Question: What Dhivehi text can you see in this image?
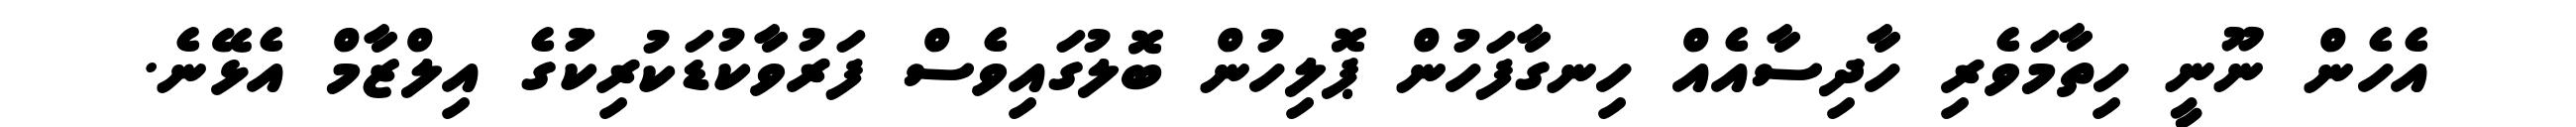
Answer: އެހެން ނޫނީ ހިތާމަވެރި ހާދިސާއެއް ހިނގާފަހުން ޕޮލިހުން ބޮލުގައިވެސް ފަރުވާކުޑަކުރިކަުގެ އިލްޒާމް އެޅޭނެ.